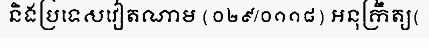
និងប្រទេសវៀតណាម (០២៩/០១១៨) អនុក្រឹត្យ(